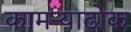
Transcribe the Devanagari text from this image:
कामऱ्याढोक